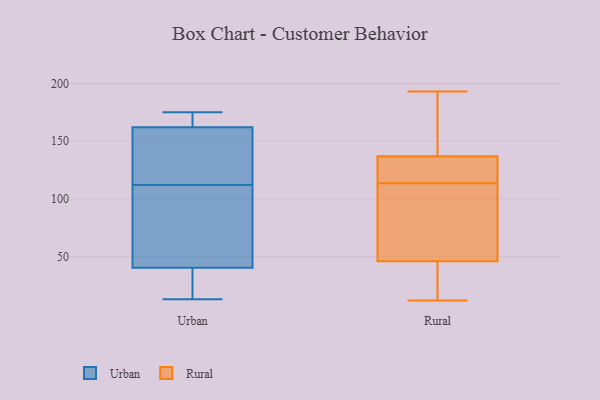
{"axis": {"x": "Conversion Rate (%)", "y": "Value"}, "legend": ["Rural", "Urban"], "data": [{"x": "", "y": 68, "type": "Urban"}, {"x": "", "y": 13, "type": "Urban"}, {"x": "", "y": 165, "type": "Urban"}, {"x": "", "y": 38, "type": "Urban"}, {"x": "", "y": 15, "type": "Urban"}, {"x": "", "y": 41, "type": "Urban"}, {"x": "", "y": 112, "type": "Urban"}, {"x": "", "y": 170, "type": "Urban"}, {"x": "", "y": 175, "type": "Urban"}, {"x": "", "y": 154, "type": "Urban"}, {"x": "", "y": 132, "type": "Urban"}, {"x": "", "y": 95, "type": "Urban"}, {"x": "", "y": 161, "type": "Urban"}, {"x": "", "y": 58, "type": "Rural"}, {"x": "", "y": 12, "type": "Rural"}, {"x": "", "y": 120, "type": "Rural"}, {"x": "", "y": 79, "type": "Rural"}, {"x": "", "y": 101, "type": "Rural"}, {"x": "", "y": 117, "type": "Rural"}, {"x": "", "y": 22, "type": "Rural"}, {"x": "", "y": 127, "type": "Rural"}, {"x": "", "y": 115, "type": "Rural"}, {"x": "", "y": 112, "type": "Rural"}, {"x": "", "y": 137, "type": "Rural"}, {"x": "", "y": 178, "type": "Rural"}, {"x": "", "y": 32, "type": "Rural"}, {"x": "", "y": 185, "type": "Rural"}, {"x": "", "y": 193, "type": "Rural"}, {"x": "", "y": 44, "type": "Rural"}, {"x": "", "y": 46, "type": "Rural"}, {"x": "", "y": 161, "type": "Rural"}]}